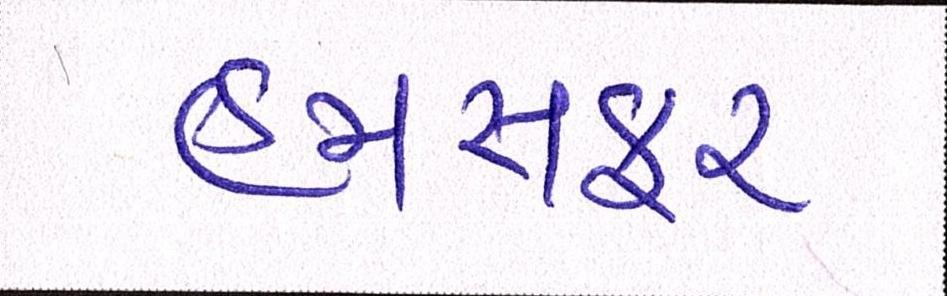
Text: હમસફર